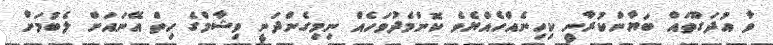
ވާ އުދަގޫތައް ބަޔާންކުރާނީ ކިހިނެއްހެއްޔެވެ ކޮންމެދުވަހެއް ނިމިގެންދަނީ ވިޝާމްގެ ހިތް އޭނައަށް ލެބުމަށް